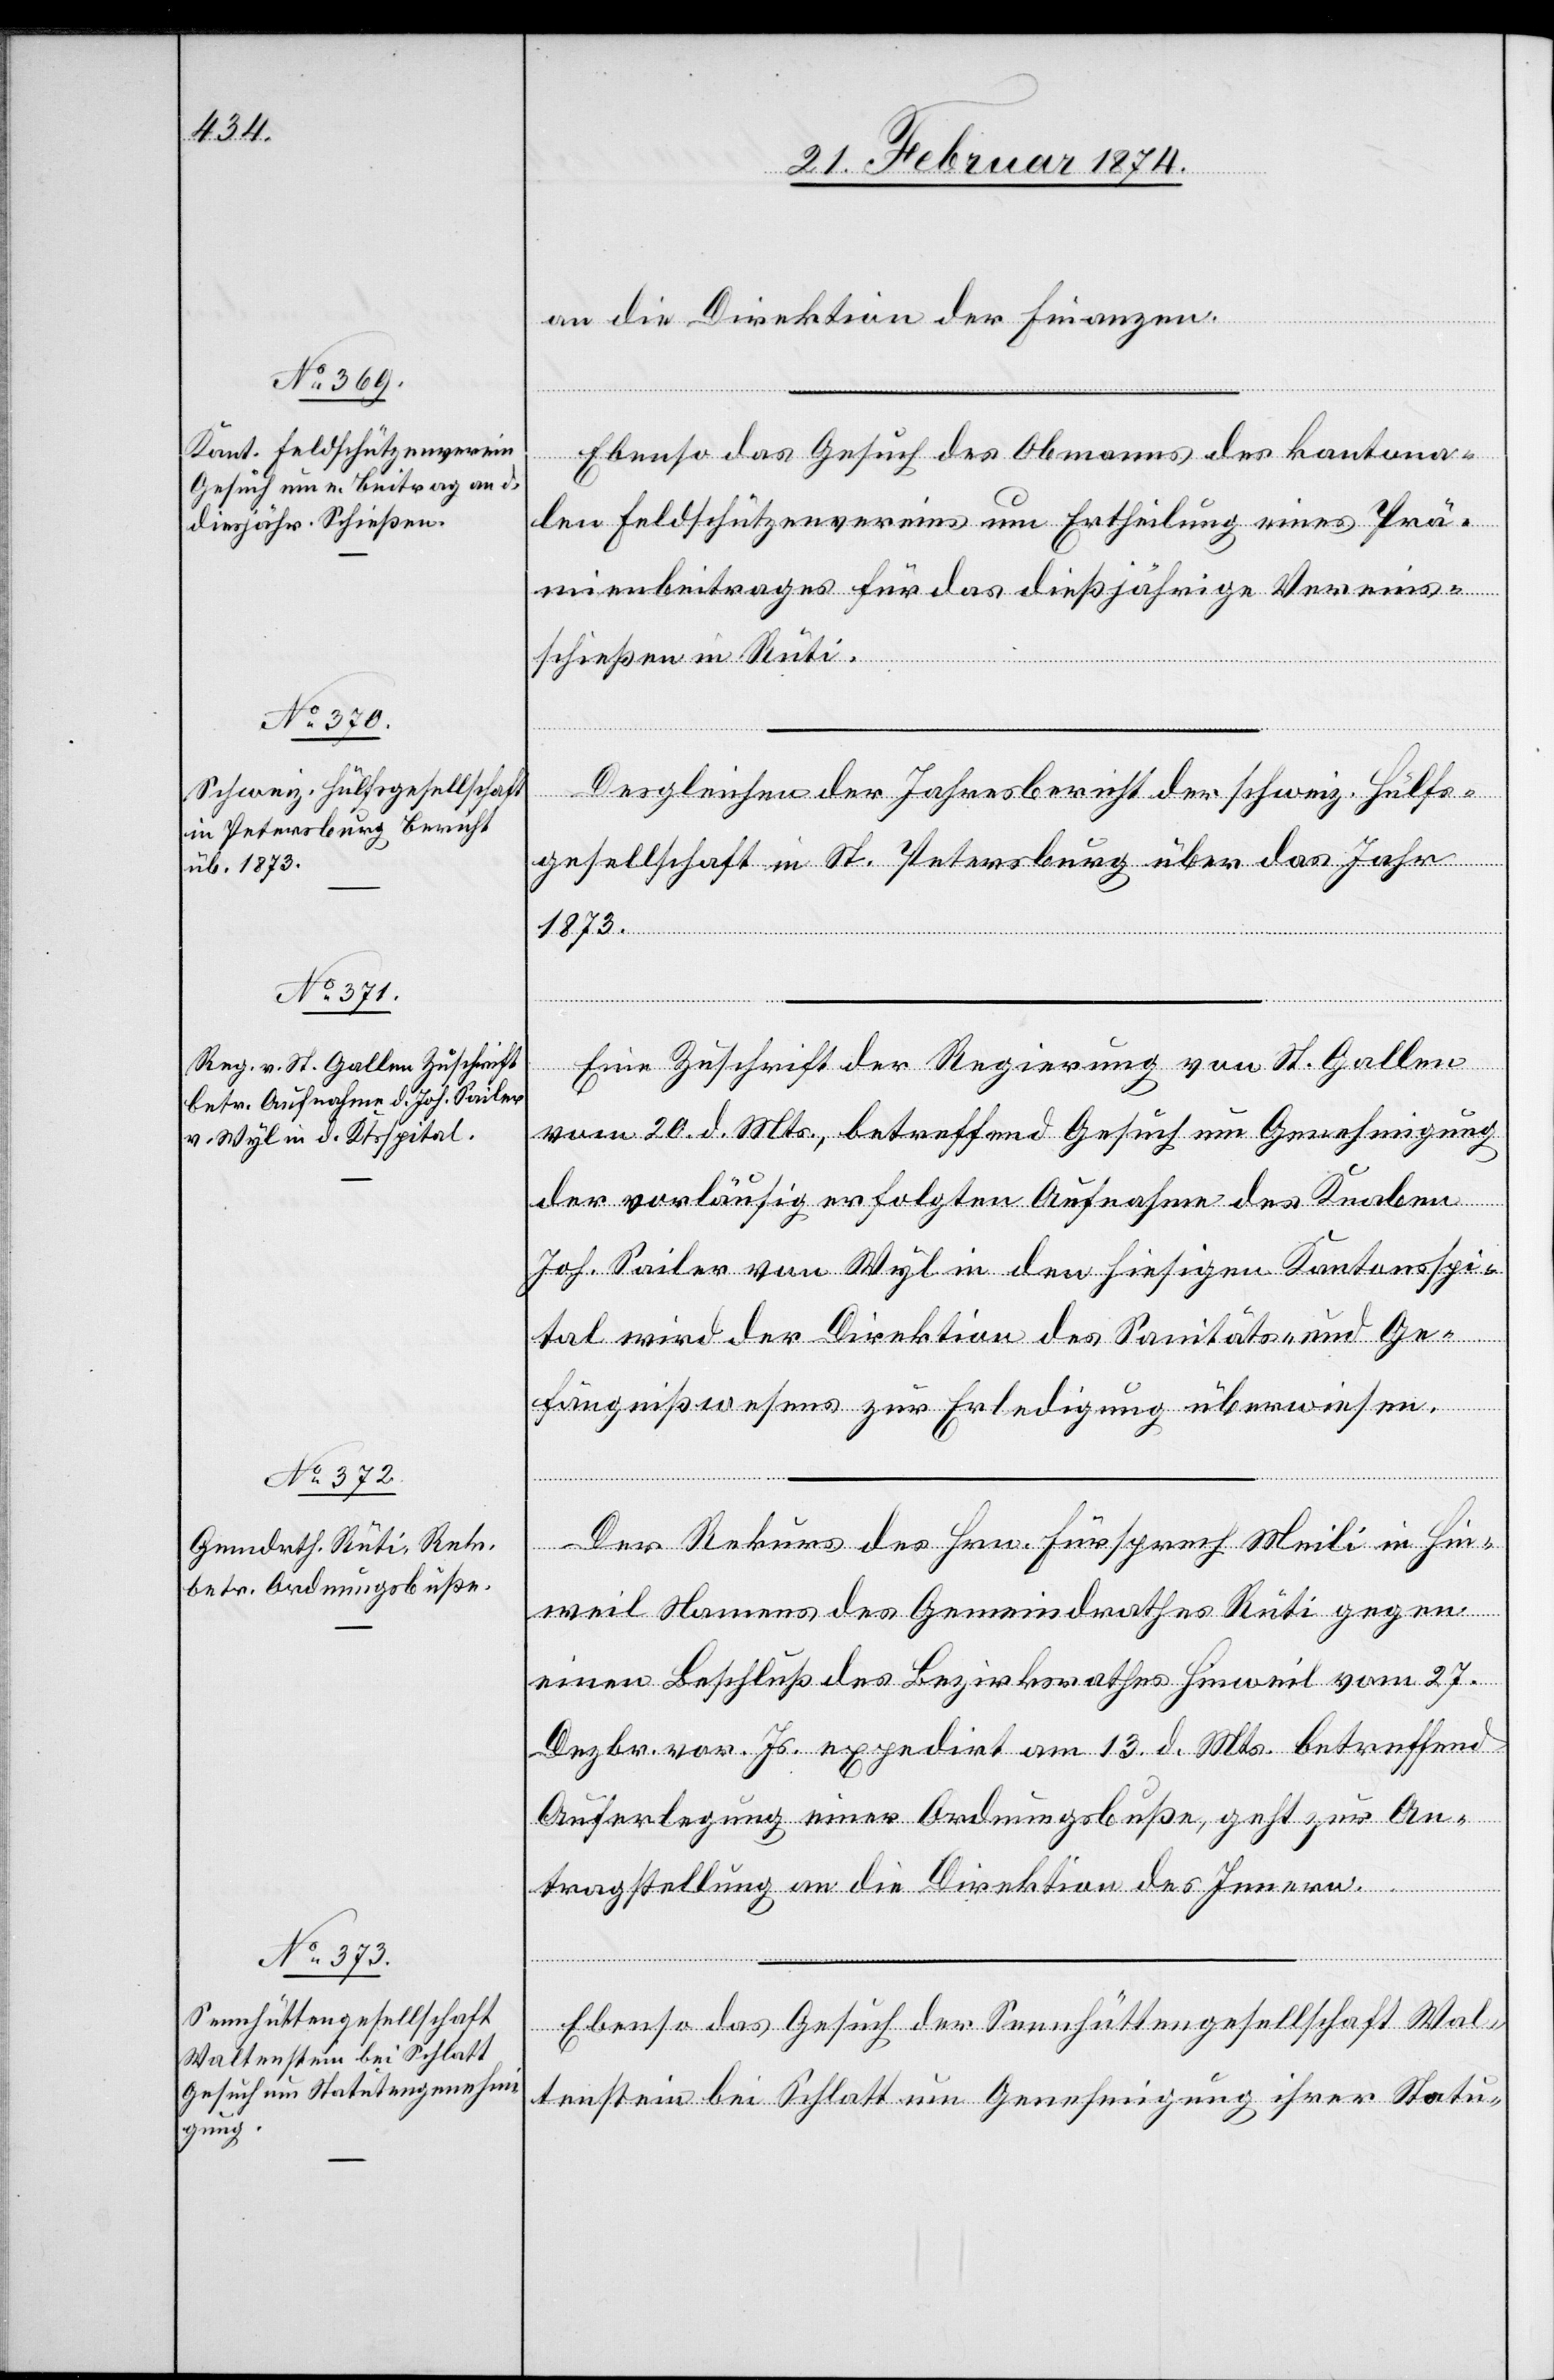
25. Februar 1874.]
an die Direktion der Finanzen.
Ebenso das Gesuch des Obmanns des kantona¬
len Feldschützenvereins um Ertheilung eines Prä¬
mienbeitrages für das dießjährige Vereins¬
schießen in Rüti.
Desgleichen der Jahresbericht der schweiz. Hülfs¬
gesellschaft in St. Petersburg über das Jahr
1873.
Eine Zuschrift der Regierung von St. Gallen
vom 20. d. Mts., betreffend Gesuch um Genehmigung
der vorläufig erfolgten Aufnahme des Knaben
Joh. Sailer von Wyl in den hiesigen Kantonsspi¬
tal wird der Direktion des Sanitäts- und Ge¬
fängnißwesens zur Erledigung überwiesen.
Der Rekurs des Hrn. Fürsprech Meili in Hin¬
weil Namens des Gemeindrathes Rüti gegen
einen Beschluß des Bezirksrathes Hinweil vom 27.
Dezbr. vor. Js. expedirt am 13. d. Mts. betreffend
Auferlegung einer Ordnungsbuße, geht zur An¬
tragstellung an die Direktion des Innern.
Ebenso das Gesuch der Sennhüttengesellschaft Wal¬
tenstein bei Schlatt um Genehmigung ihrer Statu-